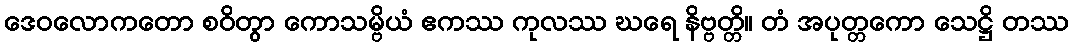
ဒေဝလောကတော စဝိတွာ ကောသမ္ဗိယံ ဧကဿ ကုလဿ ဃရေ နိဗ္ဗတ္တိ။ တံ အပုတ္တကော သေဋ္ဌိ တဿ